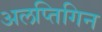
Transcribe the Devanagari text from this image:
अलप्तिगिन